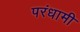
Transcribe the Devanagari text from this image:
परंधामी